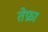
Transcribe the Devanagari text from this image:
तेफ्रा